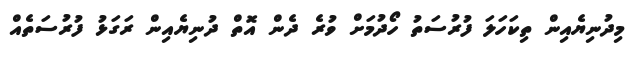
މިދުނިޔެއިން ތިކަހަލަ ފުރުސަތު ހޯދުމަށް ވުރެ ދެން އޮތް ދުނިޔެއިން ރަގަޅު ފުރުސަތެއް